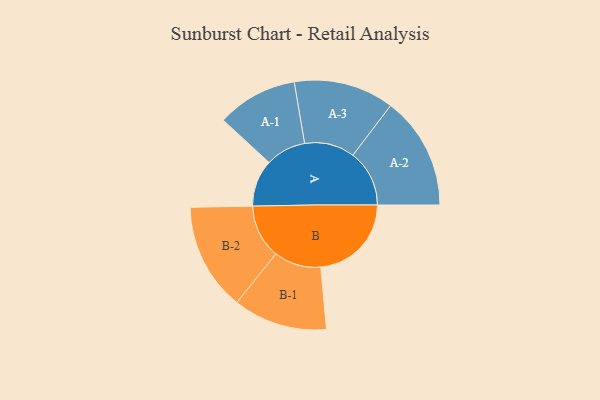
{"axis": {"x": "Segment", "y": "Value"}, "legend": ["", "A", "B"], "data": [{"x": "A", "y": 229, "type": ""}, {"x": "B", "y": 443, "type": ""}, {"x": "A-1", "y": 197, "type": "A"}, {"x": "A-2", "y": 276, "type": "A"}, {"x": "A-3", "y": 245, "type": "A"}, {"x": "B-1", "y": 230, "type": "B"}, {"x": "B-2", "y": 263, "type": "B"}]}